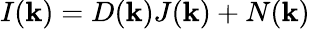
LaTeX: I(\mathbf{k})=D(\mathbf{k})J(\mathbf{k})+N(\mathbf{k})